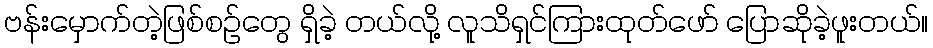
ဗန်းမှောက်တဲ့ဖြစ်စဉ်တွေ ရှိခဲ့ တယ်လို့ လူသိရှင်ကြားထုတ်ဖော် ပြောဆိုခဲ့ဖူးတယ်။